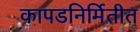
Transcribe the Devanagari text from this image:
कापडनिर्मितीत